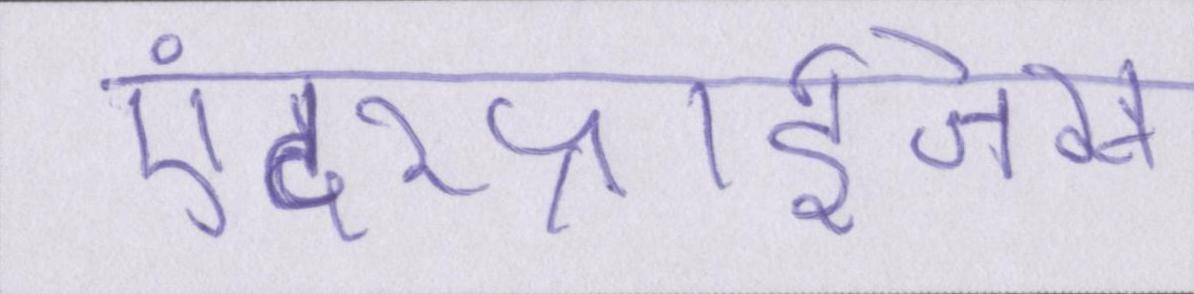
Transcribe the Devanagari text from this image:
एंटरप्राईजेस